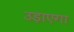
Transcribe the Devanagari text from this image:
उड़ाएगा